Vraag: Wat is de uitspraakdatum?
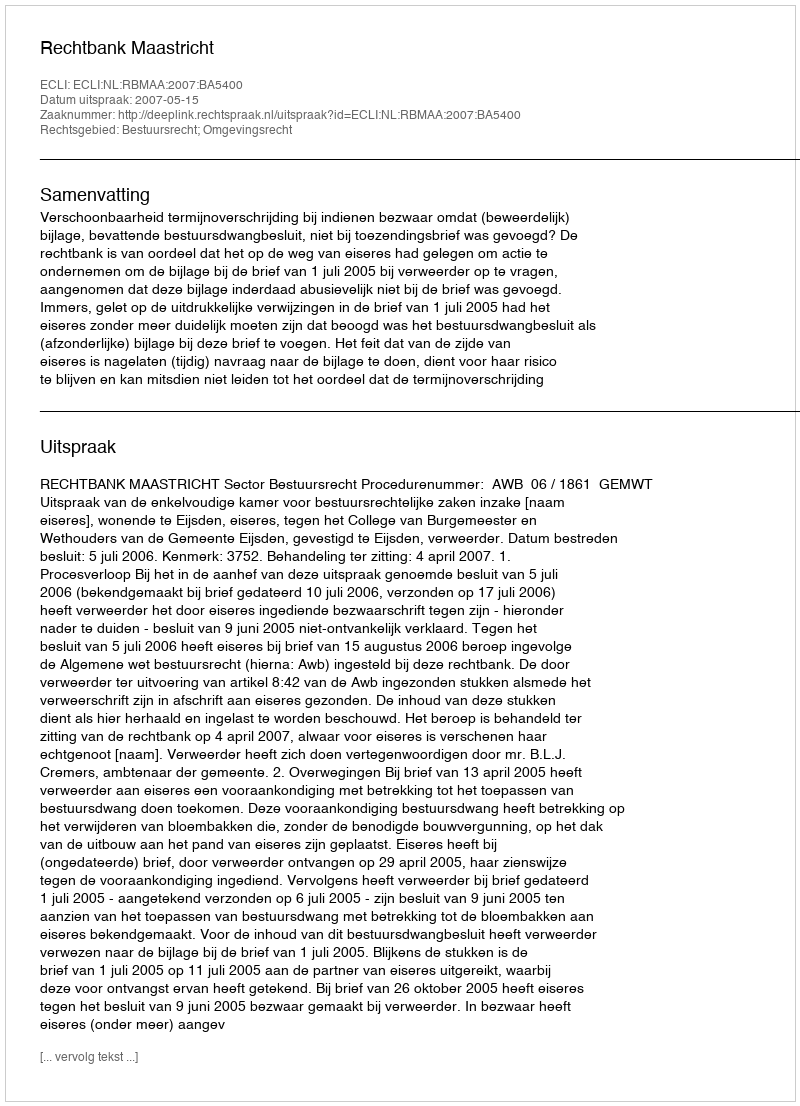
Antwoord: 2007-05-15